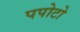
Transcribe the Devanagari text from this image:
पपोटो